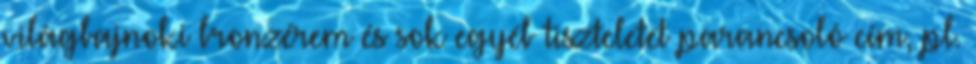
világbajnoki bronzérem és sok egyéb tiszteletet parancsoló cím, pl.